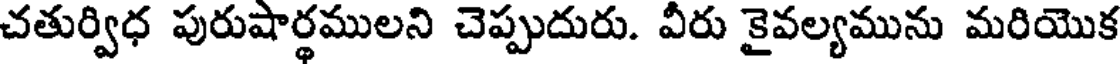
చతుర్విధ పురుషార్థములని చెప్పుదురు. వీరు కైవల్యమును మరియొక